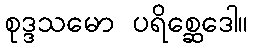
စုဒ္ဒသမော ပရိစ္ဆေဒေါ။